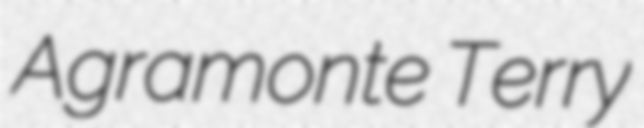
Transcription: Agramonte Terry